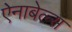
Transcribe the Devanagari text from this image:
ऐनाबेल्स